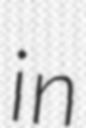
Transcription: in